Indian journal of veterinary science and animal husbandry - Volume 6,
Year: 1936
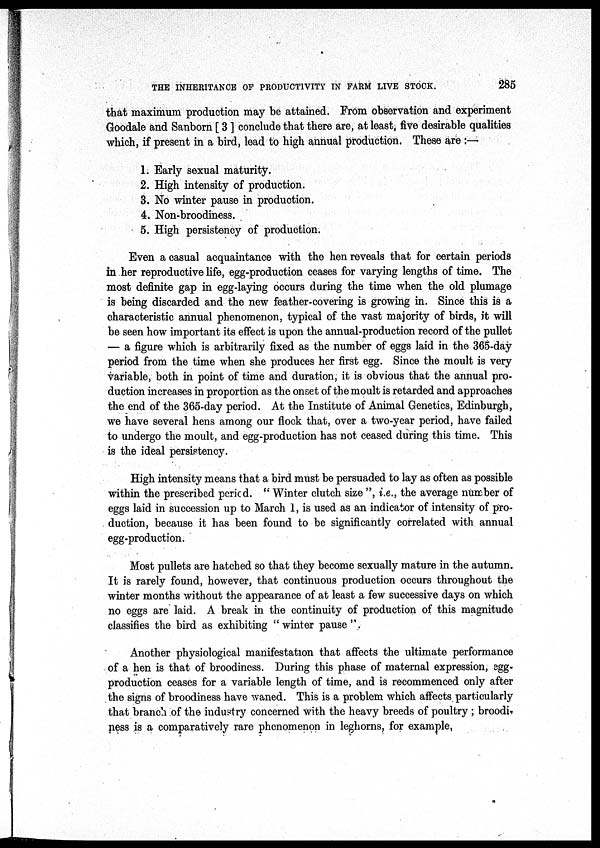
THE INHERITANCE OF PRODUCTIVITY IN FARM LIVE STOCK.
285
that maximum production may be attained. From observation and experiment
Goodale and Sanborn [ 3 ] conclude that there are, at least, five desirable qualities
which, if present in a bird, lead to high annual production. These are :—
1. Early sexual maturity.
2. High intensity of production.
3. No winter pause in production.
4. Non-broodiness.
5. High persistency of production.
Even a casual acquaintance with the hen reveals that for certain periods
in her reproductive life, egg-production ceases for varying lengths of time. The
most definite gap in egg-laying occurs during the time when the old plumage
is being discarded and the new feather-covering is growing in. Since this is a
characteristic annual phenomenon, typical of the vast majority of birds, it will
be seen how important its effect is upon the annual-production record of the pullet
— a figure which is arbitrarily fixed as the number of eggs laid in the 365-day
period from the time when she produces her first egg. Since the moult is very
variable, both in point of time and duration, it is obvious that the annual pro-
duction increases in proportion as the onset of the moult is retarded and approaches
the end of the 365-day period. At the Institute of Animal Genetics, Edinburgh,
we have several hens among our flock that, over a two-year period, have failed
to undergo the moult, and egg-production has not ceased during this time. This
is the ideal persistency.
High intensity means that a bird must be persuaded to lay as often as possible
within the prescribed period. " Winter clutch size ", i.e., the average number of
eggs laid in succession up to March 1, is used as an indicator of intensity of pro-
duction, because it has been found to be significantly correlated with annual
egg-production.
Most pullets are hatched so that they become sexually mature in the autumn.
It is rarely found, however, that continuous production occurs throughout the
winter months without the appearance of at least a few successive days on which
no eggs are laid. A break in the continuity of production of this magnitude
classifies the bird as exhibiting "winter pause".
Another physiological manifestation that affects the ultimate performance
of a hen is that of broodiness. During this phase of maternal expression, egg-
production ceases for a variable length of time, and is recommenced only after
the signs of broodiness have waned. This is a problem which affects particularly
that branch of the industry concerned with the heavy breeds of poultry ; broodi-
ness is a comparatively rare phenomenon in leghorns, for example,